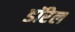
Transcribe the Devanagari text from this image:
डॉरेल